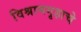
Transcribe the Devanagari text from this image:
विश्रामगृहाचे